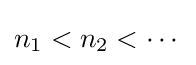
n_{1}<n_{2}<\cdots